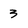
Character: 3